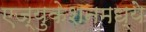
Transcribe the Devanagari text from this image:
एज्युकेशनमध्ये